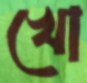
খো